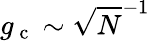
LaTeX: g_{\mathrm{~c~}}\sim\sqrt{N}^{-1}